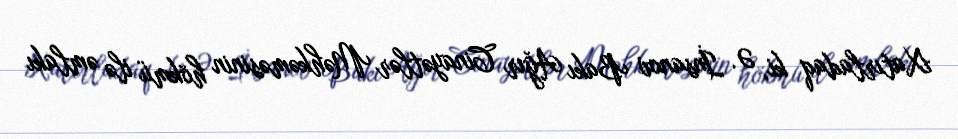
Xatırladaq ki, Ə. İnsanov Bakı Ağır Cinayətlər Məhkəməsinin hökmü ilə əmlakı